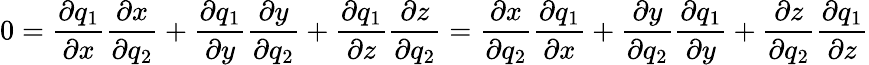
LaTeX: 0={\frac{\partial q_{1}}{\partial x}}{\frac{\partial x}{\partial q_{2}}}+{\frac{\partial q_{1}}{\partial y}}{\frac{\partial y}{\partial q_{2}}}+{\frac{\partial q_{1}}{\partial z}}{\frac{\partial z}{\partial q_{2}}}={\frac{\partial x}{\partial q_{2}}}{\frac{\partial q_{1}}{\partial x}}+{\frac{\partial y}{\partial q_{2}}}{\frac{\partial q_{1}}{\partial y}}+{\frac{\partial z}{\partial q_{2}}}{\frac{\partial q_{1}}{\partial z}}